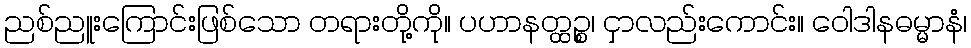
ညစ်ညူးကြောင်းဖြစ်သော တရားတို့ကို။ ပဟာနတ္ထဉ္စ၊ ငှာလည်းကောင်း။ ဝေါဒါနဓမ္မာနံ၊